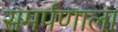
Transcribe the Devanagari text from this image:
समर्पणाला